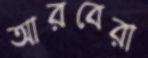
আরবেরা